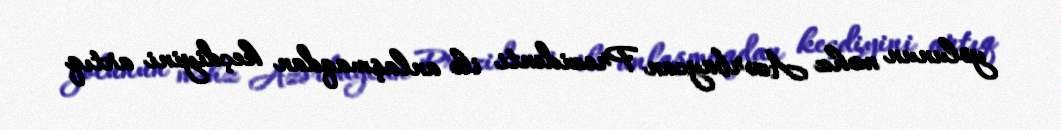
yolunun məhz Azərbaycan Prezidenti ilə anlaşmaqdan keçdiyini artıq